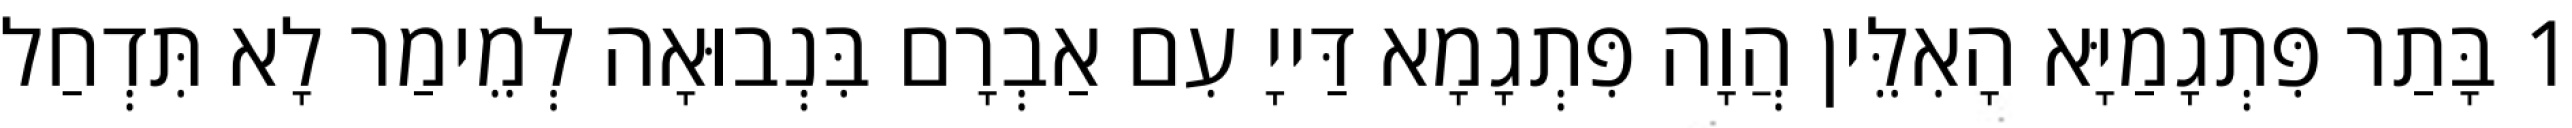
1 בָּתַר פִּתְגָמַיָּא הָאִלֵּין הֲוָה פִּתְגָמָא דַּייָ עִם אַבְרָם בִּנְבוּאָה לְמֵימַר לָא תִּדְחַל